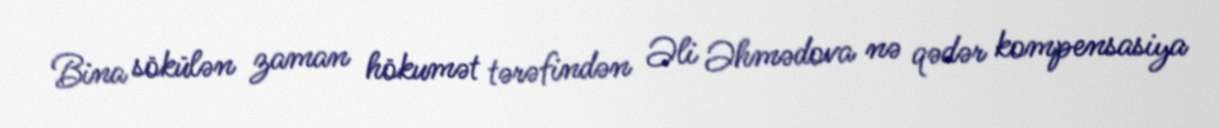
Bina sökülən zaman hökumət tərəfindən Əli Əhmədova nə qədər kompensasiya